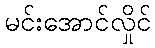
မင်းအောင်လှိုင်